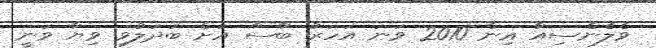
ވެލެންސިއާ އިން 2010 ވަނަ އަހަރު ބާސާ އަށް ބަދަލުވި ވިޔާ ވަނީ